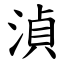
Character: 湞